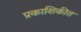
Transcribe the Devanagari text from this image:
प्रकाशिकीत